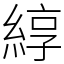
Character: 綧